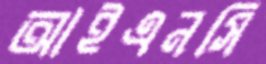
আইএনসি